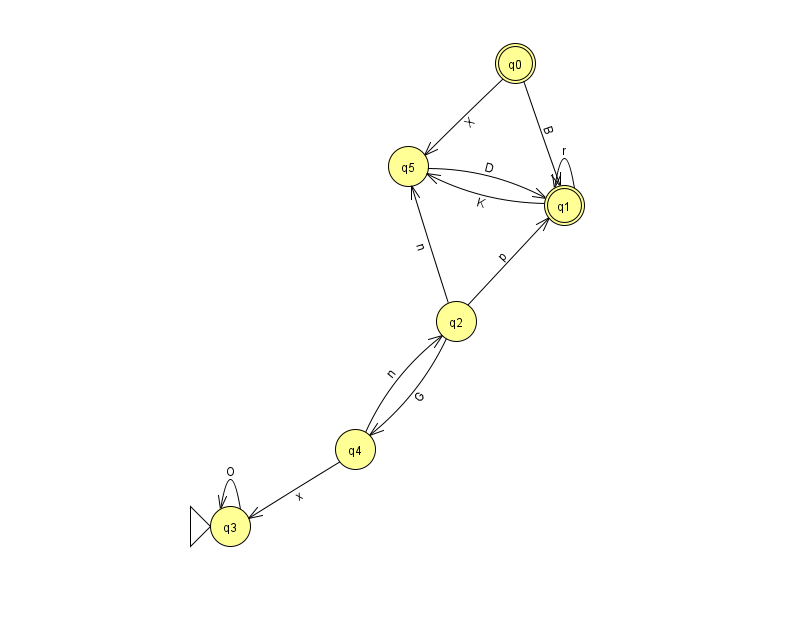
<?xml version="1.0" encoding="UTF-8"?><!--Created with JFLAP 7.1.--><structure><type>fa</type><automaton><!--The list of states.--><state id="0" name="q0"><x>515.0</x><y>50.0</y><final/></state><state id="1" name="q1"><x>564.0</x><y>192.0</y><final/></state><state id="2" name="q2"><x>456.0</x><y>308.0</y></state><state id="3" name="q3"><x>230.0</x><y>513.0</y><initial/></state><state id="4" name="q4"><x>355.0</x><y>436.0</y></state><state id="5" name="q5"><x>408.0</x><y>153.0</y></state><!--The list of transitions.--><transition><from>5</from><to>1</to><read>D</read></transition><transition><from>0</from><to>5</to><read>X</read></transition><transition><from>1</from><to>1</to><read>r</read></transition><transition><from>2</from><to>1</to><read>p</read></transition><transition><from>2</from><to>4</to><read>G</read></transition><transition><from>4</from><to>3</to><read>x</read></transition><transition><from>2</from><to>5</to><read>n</read></transition><transition><from>0</from><to>1</to><read>B</read></transition><transition><from>1</from><to>5</to><read>K</read></transition><transition><from>4</from><to>2</to><read>n</read></transition><transition><from>3</from><to>3</to><read>O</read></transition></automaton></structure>